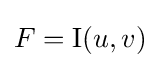
F=\mathrm {I} (u,v)